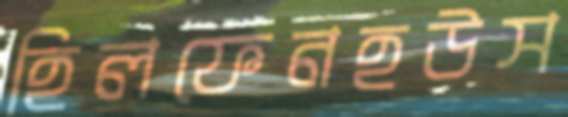
হিলফেনহউস